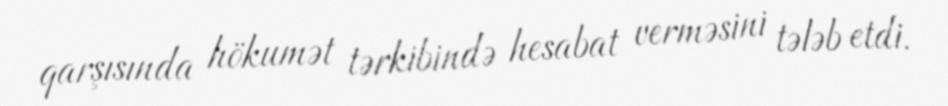
qarşısında hökumət tərkibində hesabat verməsini tələb etdi.